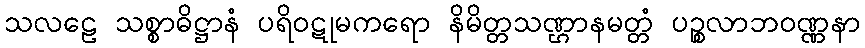
သလဠေ သစ္စာဓိဋ္ဌာနံ ပရိဝဋုမကရော နိမိတ္တသဏ္ဌာနမတ္တံ ပဉ္စလာဘဝဏ္ဏနာ